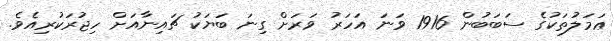
ޢަމަލުތަކުގެ ސަބަބުން 1916 ވަނަ އަހަރު ވަރަށް ގިނަ ބަޔަކު ޗައިނާއަށް ހިޖުރަކުރިއެވެ.